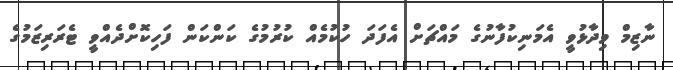
ނާޒިމް ވިދާޅުވީ އެމަނިކުފާނުގެ މައްޗަށް އެފަދަ ހުކުމެއް ކުރުމުގެ ކަންކަން ފަހިކޮށްދެއްވީ ޓެރަރިޒަމުގެ